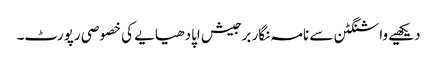
دیکھیے واشنگٹن سے نامہ نگار برجیش اپادھیایے کی خصوصی رپورٹ۔